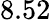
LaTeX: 8.52